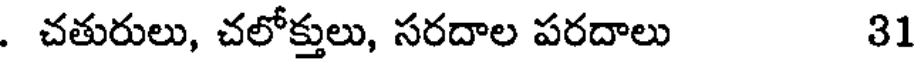
. చతురులు, చలోక్తులు, సరదాల పరదాలు 31